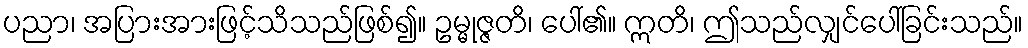
ပညာ၊ အပြားအားဖြင့်သိသည်ဖြစ်၍။ ဥမ္မုဇ္ဇတိ၊ ပေါ်၏။ ဣတိ၊ ဤသည်လျှင်ပေါ်ခြင်းသည်။